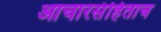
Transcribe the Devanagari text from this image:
आचारसंहिताच